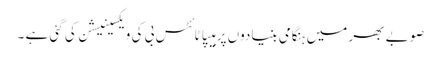
صوبے بھر میں ہنگامی بنیادوں پر ہیپاٹائٹس بی کی ویکسینیشن کی گئی ہے ۔